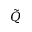
\tilde { \cal Q }